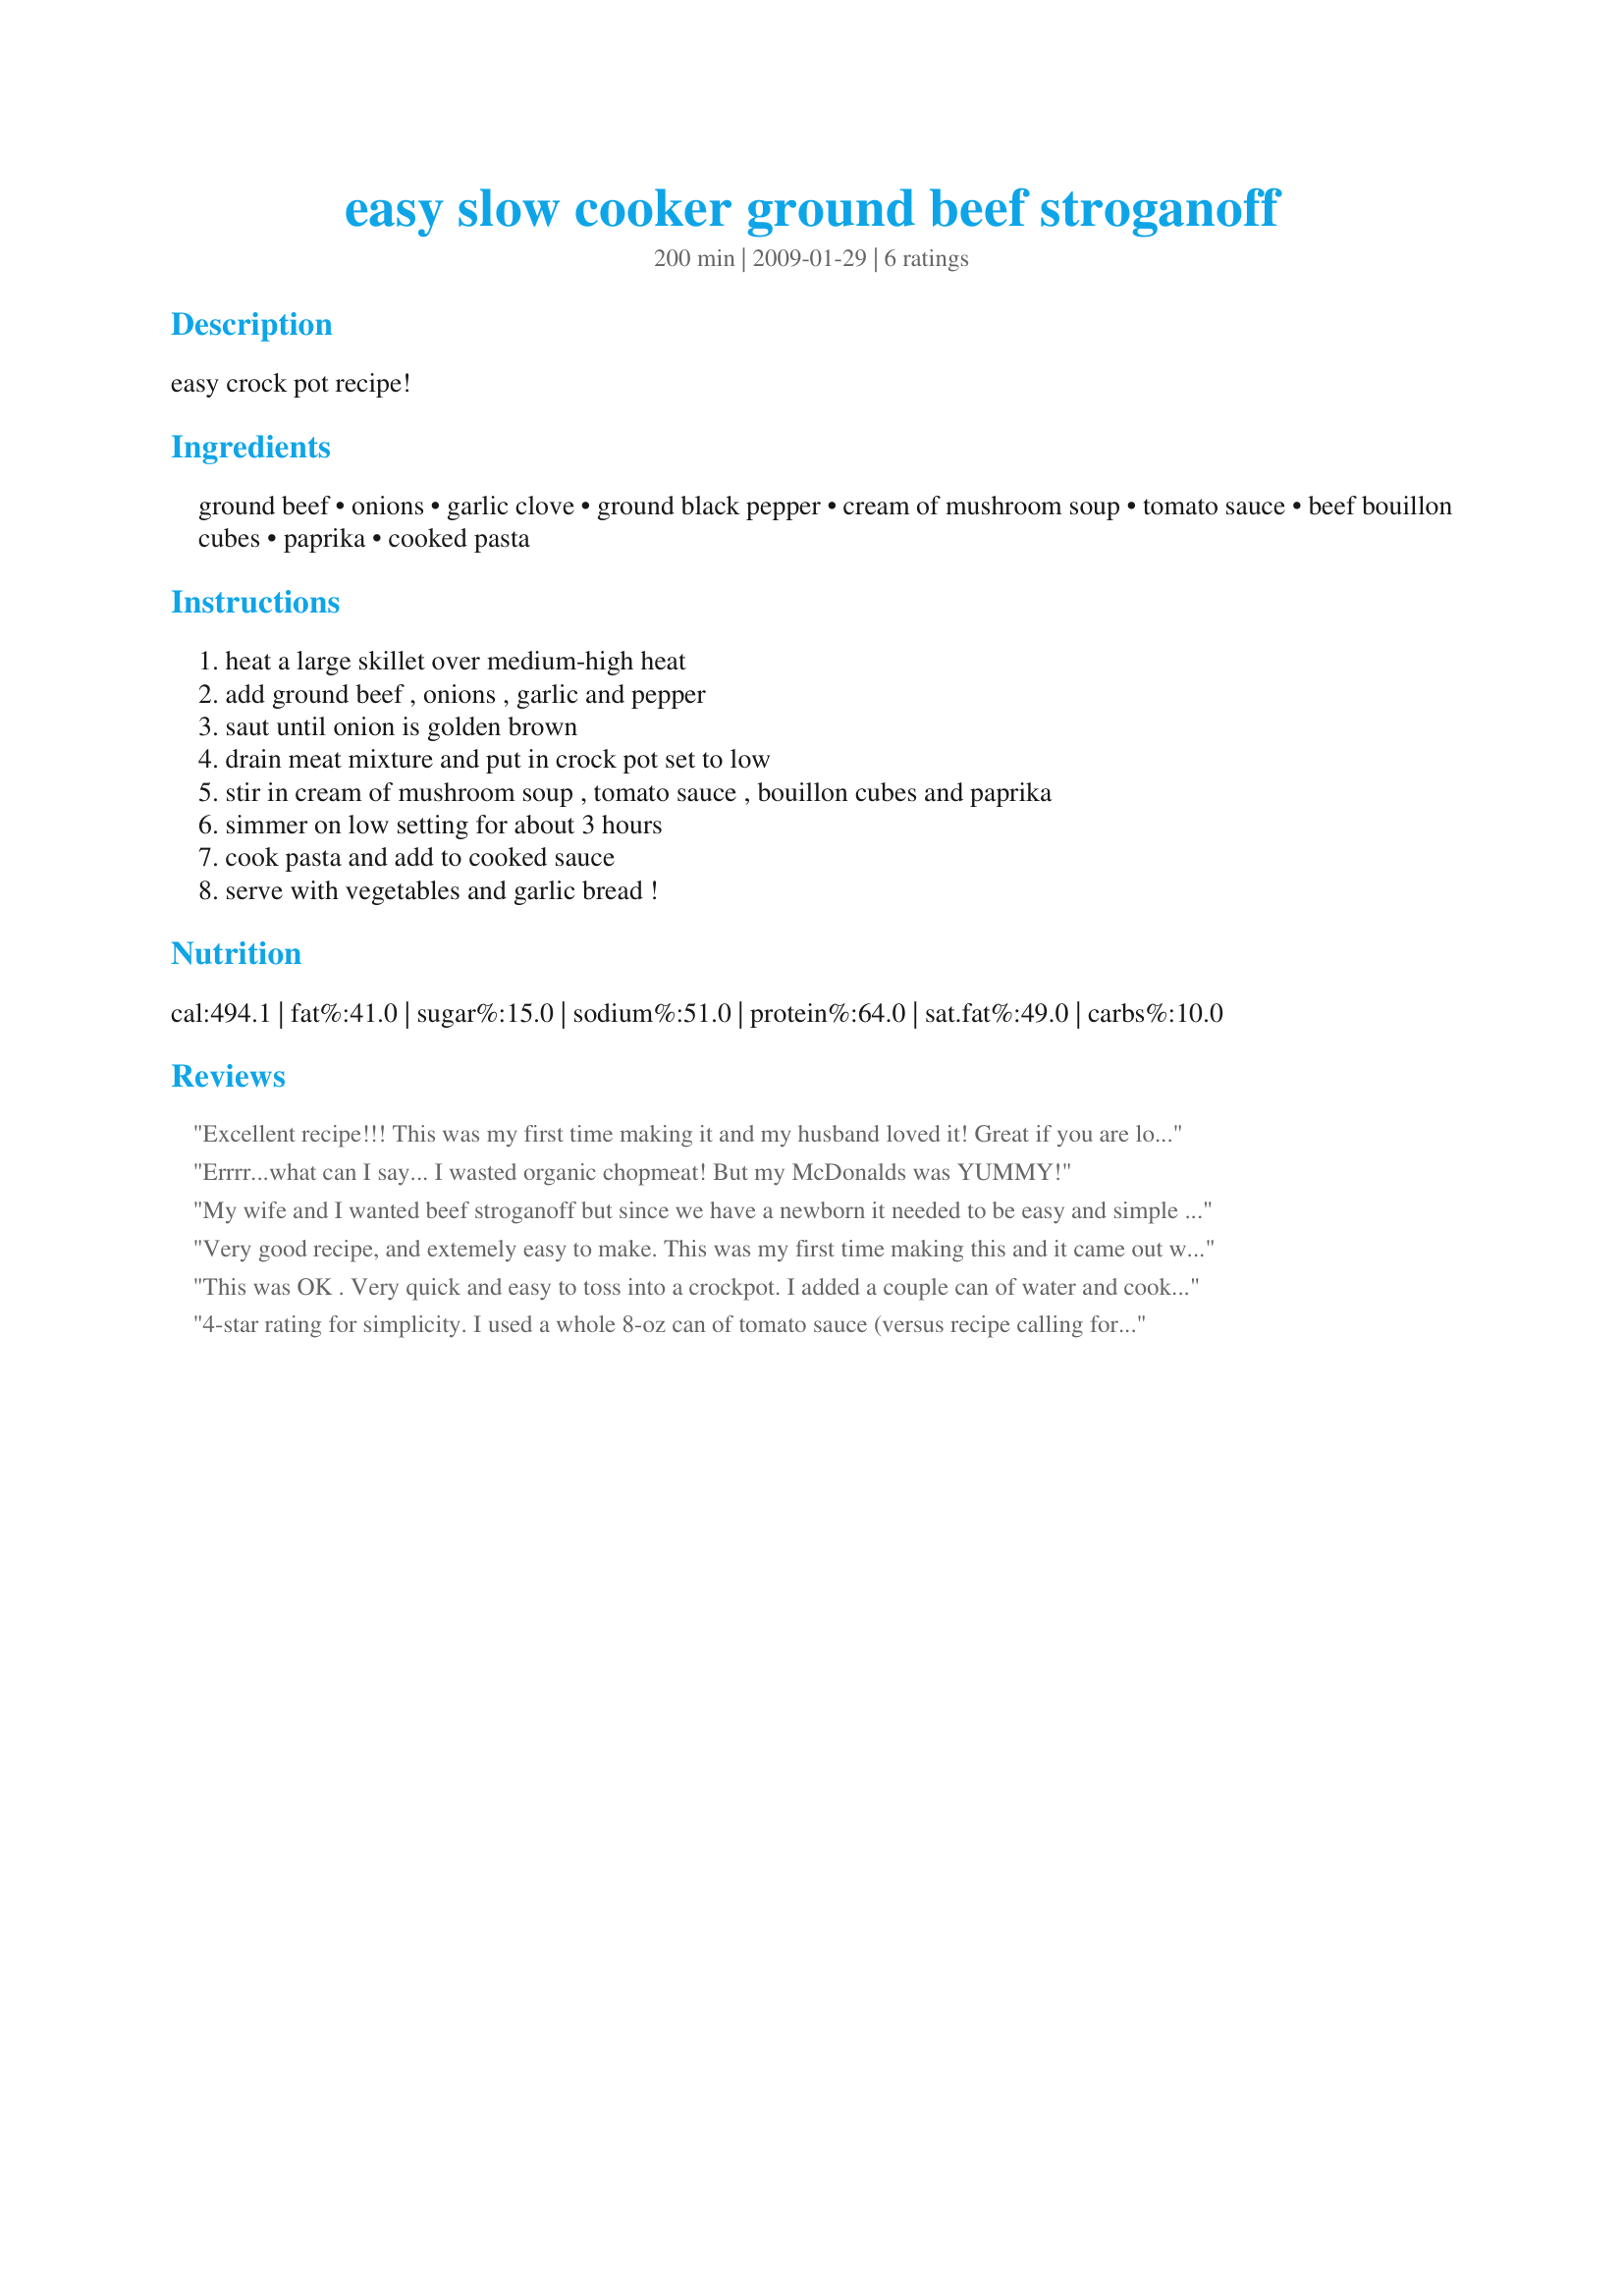
easy slow cooker ground beef stroganoff
Preparation time: 200 minutes

easy crock pot recipe!

Ingredients:
ground beef, onions, garlic clove, ground black pepper, cream of mushroom soup, tomato sauce, beef bouillon cubes, paprika, cooked pasta

Steps:
heat a large skillet over medium-high heat, add ground beef , onions , garlic and pepper, saut until onion is golden brown, drain meat mixture and put in crock pot set to low, stir in cream of mushroom soup , tomato sauce , bouillon cubes and paprika, simmer on low setting for about 3 hours, cook pasta and add to cooked sauce, serve with vegetables and garlic bread !

Reviews:
Excellent recipe!!! This was my first time making it and my husband loved it! Great if you are looking for something easy to make.
Errrr...what can I say... I wasted organic chopmeat!<br/><br/> But my McDonalds was YUMMY!
My wife and I wanted beef stroganoff but since we have a newborn it needed to be easy and simple to make. we saw this recicpe but I was sure I could make it work even though we didnt have all the exact ingredients. I modified the recipe as follows: While browning the meat I used a heaping tablespoon of minced garlic. We love garlic so is wasn't an issue for us. When adding the meat to the slow cooker with the other ingredients I made even more changes. I used a whole 14oz can of Progresso cream of mushroom soup and a whole 8oz can of Hunts tomato sauce since it is what I had on hand and didn't want small quantities of left overs. I was missing beef bullion cubes but had a packet of Lawry's Au Jus seasoning so I used the au jus instead. After doing all that I didnt feel there was enough mushroom for our liking so I saut?ed some fresh baby Bella mushrooms to add to the crock pot. This was then cooked per directions and right before we were ready to eat I boiled up some egg noodles. The resulting meal was incredible and the flavors were amazing. Hope this helps someone build a great dinner. We will be making this again.
Very good recipe, and extemely easy to make. This was my first time making this and it came out wonderful!!
This was OK . Very quick and easy to toss into a crockpot. I added a couple can of water and cooked the pasta with it ( about the last 45 minutes or so of cooking time)
Made for PAC Fall 2009
4-star rating for simplicity. I used a whole 8-oz can of tomato sauce (versus recipe calling for 4-oz can? do they sell 4-oz?). A wee bit salty, so I would recommend only using 3 boullion cubes. We put together w/ egg noodles.
